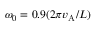
\omega _ { 0 } = 0 . 9 ( 2 \pi v _ { \mathrm { A } } / L )